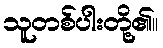
သူတစ်ပါးတို့၏။